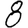
Digit: 8